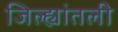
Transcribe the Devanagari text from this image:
जिल्ह्यांतली